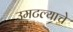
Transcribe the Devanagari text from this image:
उमटल्याचे